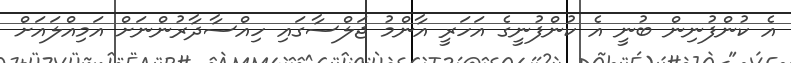
އެ ކުންފުނިން ބުނީ އެ ކުންފުނީގެ އަހަރީ އާންމު ޖަލްސާގައި ހިއްސާދާރުންނަށް އަމިއްލައަށް